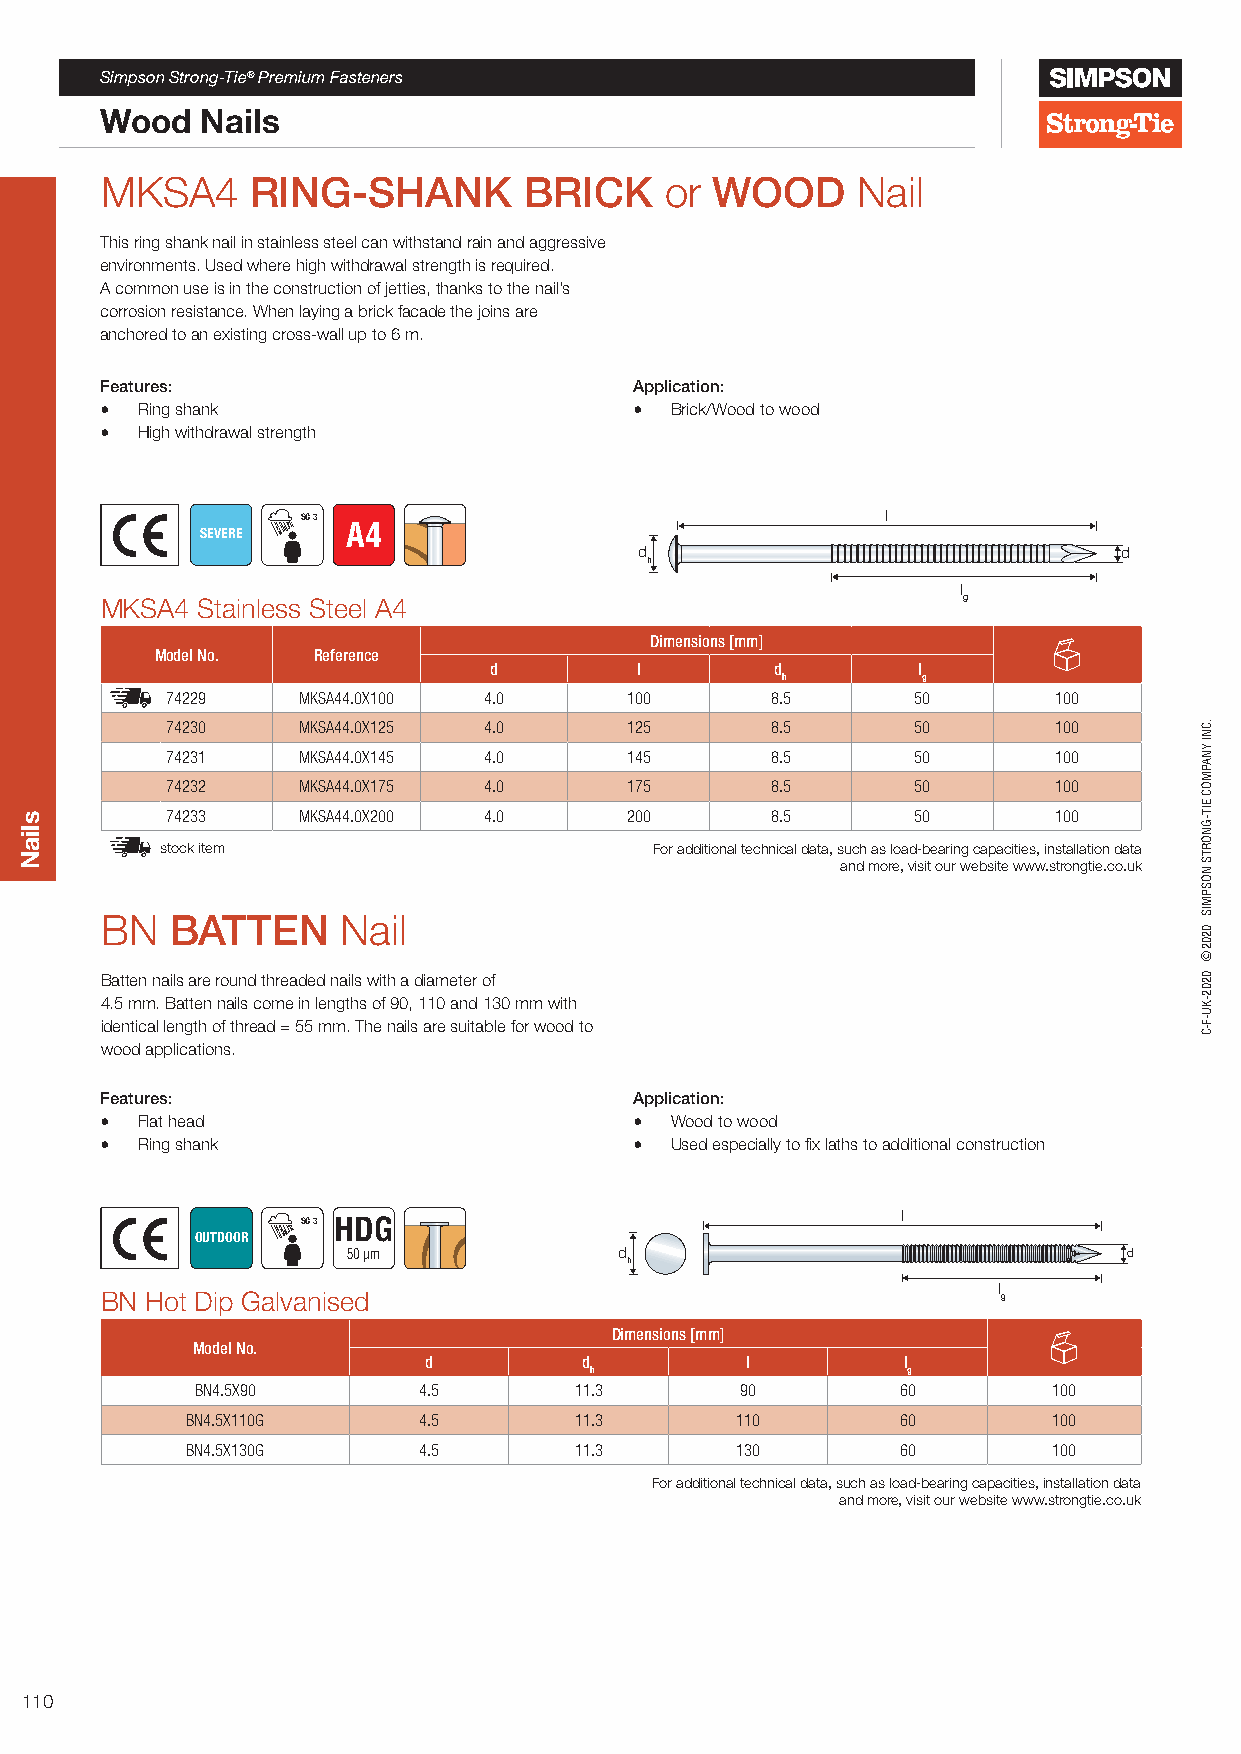
Simpson Strong-Tie® Premium Fasteners
 Wood  Nails
 MKSA4     RING-SHANK        BRICK    or WOOD      Nail
 This ring shank nail in stainless steel can withstand rain and aggressive
 environments. Used where high withdrawal strength is required.
 A common use is in the construction of jetties, thanks to the nail’s
 corrosion resistance. When laying a brick facade the joins are
 anchored to an existing cross-wall up to 6 m.
 Features:                          Application:
 • Ring shank                       • Brick/Wood to wood
 • High withdrawal strength
 SC 3                                   l
 SEVERE    A4
 d                               d
 h
 l
 MKSA4 Stainless Steel A4                                 g
 Dimensions [mm]
 Model No.  Reference
 d         l        d         l
 h        g
 74229    MKSA44.0X100 4.0     100       8.5       50       100
 74230    MKSA44.0X125 4.0     125       8.5       50       100
 74231    MKSA44.0X145 4.0     145       8.5       50       100
 74232    MKSA44.0X175 4.0     175       8.5       50       100
 74233    MKSA44.0X200 4.0     200       8.5       50       100
 stock item                      For additional technical data, such as load-bearing capacities, installation data
 and more, visit our website www.strongtie.co.uk
 BN  BATTEN      Nail
 Batten nails are round threaded nails with a diameter of
 4.5 mm. Batten nails come in lengths of 90, 110 and 130 mm with
 identical length of thread = 55 mm. The nails are suitable for wood to
 wood applications.
 Features:                          Application:
 • Flat head                        • Wood to wood
 • Ring shank                       • Used especially to fix laths to additional construction
 l
 SC 3 HDG
 OUTDOOR
 50 µm             d                                 d
 h
 l
 BN Hot Dip Galvanised                                      g
 Dimensions [mm]
 Model No.
 d          d         l          l
 h                    g
 BN4.5X90       4.5       11.3       90         60        100
 BN4.5X110G      4.5       11.3       110        60        100
 BN4.5X130G      4.5       11.3       130        60        100
 For additional technical data, such as load-bearing capacities, installation data
 and more, visit our website www.strongtie.co.uk
 110
 sliaN
 .CNI
 YNAPMOC
 EIT-GNORTS
 NOSPMIS
 0202©
 0202-KU-F-C